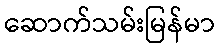
ဆောက်သမ်းမြန်မာ